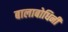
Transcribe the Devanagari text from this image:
बालाबोधिनी